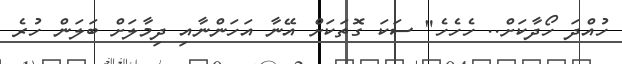
ހުއްދަ ހޯދާކަށް.. ހެހެހެ" ސަކަ ގޮތަކަށް އޭނާ އަހަންނާއި ދިމާލަށް ބަލަން ހުރެ